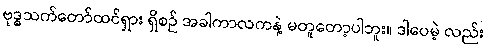
ဗုဒ္ဓသက်တော်ထင်ရှား ရှိစဉ် အခါကာလကနဲ့ မတူတော့ပါဘူး။ ဒါပေမဲ့ လည်း